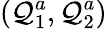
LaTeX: (\mathcal{Q}_{1}^{a},\mathcal{Q}_{2}^{a})